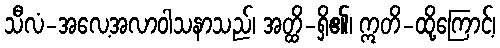
သီလံ-အလေ့အလာဝါသနာသည်၊ အတ္ထိ-ရှိ၏၊ ဣတိ-ထို့ကြောင့်၊